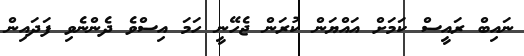
ނައިބް ރައީސް ކަމަށް އައްޔަން ކުރަން ޖެހޭނީ ހަމަ އިސްވެ ދެންނެވި ފަދައިން